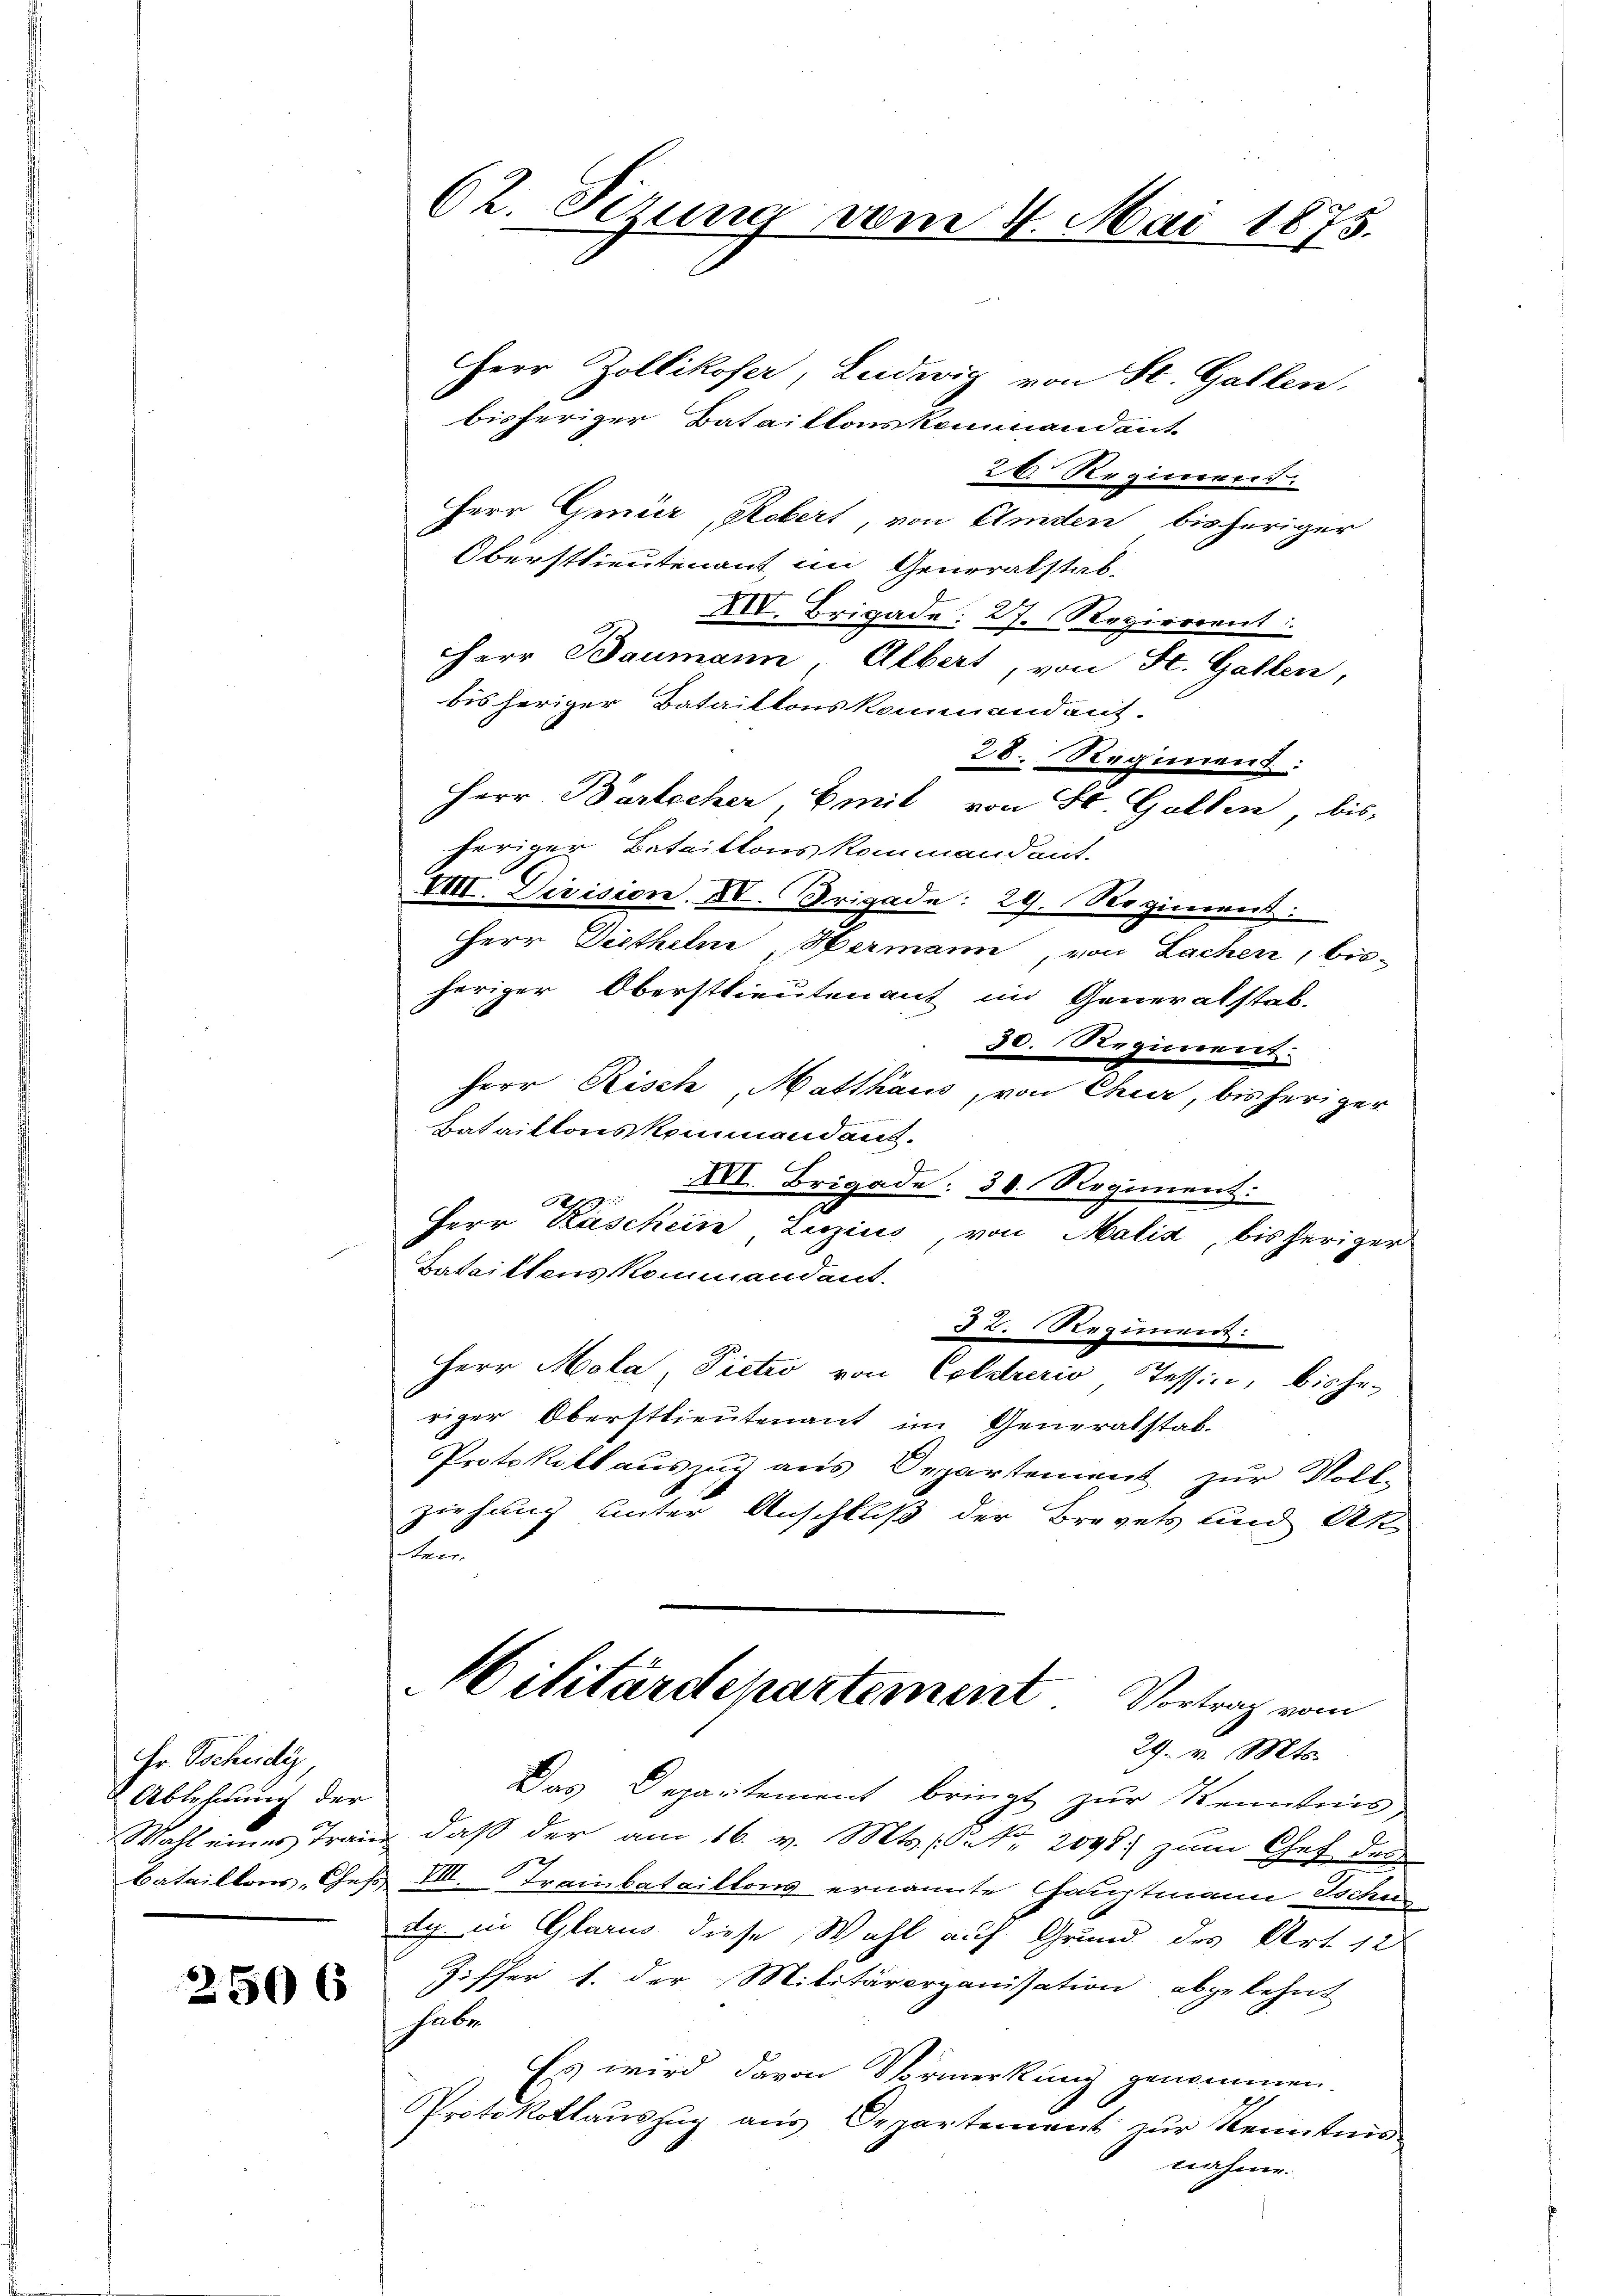
Fr. Tscheidig
Ablehnung der
Wahl eines Tran
Bataillons „Ehe,

2506

62. Ferung vom 4. Mai 1875.
Herr Zollikofer, Ludwig von St. Gallen.

bisheriger Bataillonskommandant
26. Regiment
Herr Gmür, Robert, von Amden bisheriger
Oberstlieutenant im Generalstab¬
XII. Brigade: 27. Regierrent
.
Herr Baumann Albert, von St. Gallen,
bis heriger Bataillonskommendant.
28. Regiment:
Herr Bartocher Emil von St. Gallen, bis
heriger Bataillons kommandant.
VIII. Division. XV. Trigade: 29. Regiment:
HHerr Diethelne Hermann, von Lachen, bis-
heriger Oberstlieutenant im Generalstab-
30. Regiment.
Herr Risch, Matthaus, von Chur, bisheriger
Bataillonskommendant.
XVI. Brigade. 38. Regiment.
Herr Kaschein Luzius von Malia, bisheriger
Batailtens Kommandant.
32. Regiment:
Herr Mola, Pietio von Coldreris Tessin, bishe-
riger Oberstlieutenant im Generalstab-
Protokollauszug aus Departement zur Voll-
ziehung unter Anschluß der Brevets und Ak
oten
Militärdepartement Vortrag vom
29. v. Mts.
Das Departement bringt zur Kenntnis-
daß der am 16. v. Mts. Nr. 2098. zum Chef der
E VIII. Trainbataillons ernannte Hauptmann Jochus
dy in Glarus diese Wahl auf Grund des Art. 12
Ziffer 1. der Militärorganisation abgelehrt
habe
Es wird davon Vormerkung genommen.
Protokollaŭszŭg aŭs Departement zŭr Kenntnis
nahme.